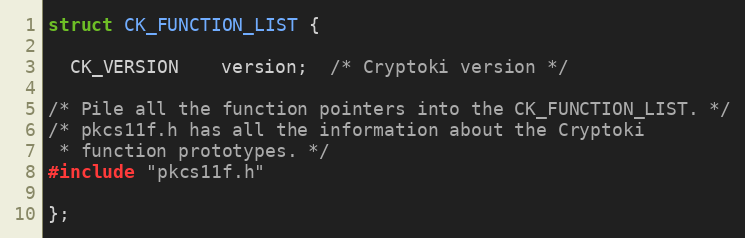
Language: C
struct CK_FUNCTION_LIST {

  CK_VERSION    version;  /* Cryptoki version */

/* Pile all the function pointers into the CK_FUNCTION_LIST. */
/* pkcs11f.h has all the information about the Cryptoki
 * function prototypes. */
#include "pkcs11f.h"

};